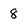
Character: 8